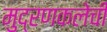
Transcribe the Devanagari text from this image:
मुद्रणकलेची